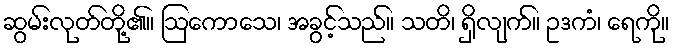
ဆွမ်းလုတ်တို့၏။ ဩကောသေ၊ အခွင့်သည်။ သတိ၊ ရှိလျက်။ ဥဒကံ၊ ရေကို။